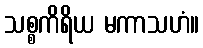
သစ္စကိရိယ မကာသဟံ။